Annual administration report of the Civil Veterinary Department of India - 1897-1898
Year: 1897
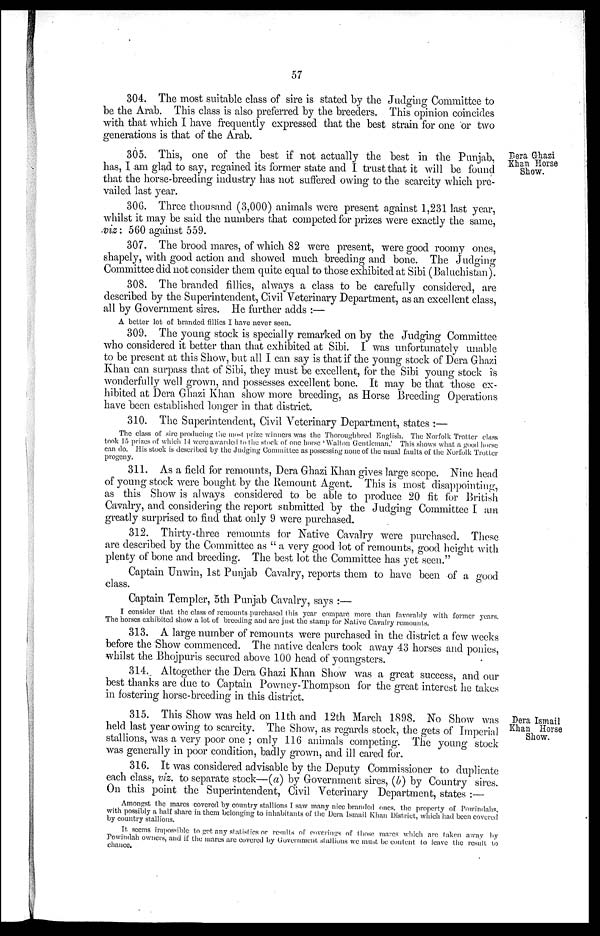
57
304. The most suitable class of sire is stated by the Judging Committee to
be the Arab. This class is also preferred by the breeders. This opinion coincides
with that which I have frequently expressed that the best strain for one or two
generations is that of the Arab.
Dera Ghazi
Khan Horse
Show.
305. This, one of the best if not actually the best in the Punjab.
has, I am glad to say, regained its former state and I trust that it will be found
that the horse-breeding industry has not suffered owing to the scarcity which pre-
vailed last year.
306. Three thousand (3,000) animals were present against 1,231 last year,
whilst it may be said the numbers that competed for prizes were exactly the same,
viz: 560 against 559.
307. The brood mares, of which 82 were present, were good roomy ones,
shapely, with good action and showed much breeding and bone. The Judging
Committee did not consider them quite equal to those exhibited at Sibi (Baluchistan).
308. The branded fillies, always a class to be carefully considered, are
described by the Superintendent, Civil Veterinary Department, as an excellent class,
all by Government sires. He further adds:—
A better lot of branded fillies I have never seen.
309. The young stock is specially remarked on by the Judging Committee
who considered it better than that exhibited at Sibi. I was unfortunately unable
to be present at this Show, but all I can say is that if the young stock of Dera Ghazi
Khan can surpass that of Sibi, they must be excellent, for the Sibi young stock is
wonderfully well grown, and possesses excellent bone. It may be that those ex-
hibited at Dera Ghazi Khan show more breeding, as Horse Breeding Operations
have been established longer in that district.
310. The Superintendent, Civil Veterinary Department, states:—
The class of sire producing the most prize winners was the Thoroughbred English. The Norfolk Trotter class
took 15 prizes of which 14 were awarded to the stock of one horse 'Walton Gentleman.' This shows what a good horse
can do. His stock is described by the Judging Committee as possessing none of the usual faults of the Norfolk Trotter
progeny.
311. As a field for remounts, Dera Ghazi Khan gives large scope. Nine head
of young stock were bought by the Remount Agent. This is most disappointing,
as this Show is always considered to be able to produce 20 fit for British
Cavalry, and considering the report submitted by the Judging Committee I am
greatly surprised to find that only 9 were purchased.
312. Thirty-three remounts for Native Cavalry were purchased. These
are described by the Committee as "a very good lot of remounts, good height with
plenty of bone and breeding. The best lot the Committee has yet seen."
Captain Unwin, 1st Punjab Cavalry, reports them to have been of a good
class.
Captain Templer, 5th Punjab Cavalry, says:—
I consider that the class of remounts purchased this year compare more than favorably with former years.
The horses exhibited show a lot of breeding and are just the stamp for Native Cavalry remounts.
313. A large number of remounts were purchased in the district a few weeks
before the Show commenced. The native dealers took away 43 horses and ponies,
whilst the Bhojpuris secured above 100 head of youngsters.
314. Altogether the Dera Ghazi Khan Show was a great success, and our
best thanks are due to Captain Powney-Thompson for the great interest he takes
in fostering horse-breeding in this district.
Dera Ismail
Khan Horse
Show.
315. This Show was held on 11th and 12th March 1898. No Show was
held last year owing to scarcity. The Show, as regards stock, the gets of Imperial
stallions, was a very poor one; only 116 animals competing. The young stock
was generally in poor condition, badly grown, and ill cared for.
316. It was considered advisable by the Deputy Commissioner to duplicate
each class, viz. to separate stock—(a) by Government sires, (b) by Country sires.
On this point the Superintendent, Civil Veterinary Department, states:—
Amongst the mares covered by country stallions I saw many nice branded ones, the property of Powindahs.
with possibly a half share in them belonging to inhabitants of the Dera Ismail Khan District, which had been covered
by country stallions.
It seems impossible to get any statistics or results of coverings of those mares which are taken away by
Powindah owners, and if the mares are covered by Government stallions we must be content to leave the result to
chance.